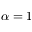
\alpha = 1